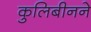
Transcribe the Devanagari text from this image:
कुलिबीनने